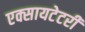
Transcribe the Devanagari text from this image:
एक्सायटेटरी